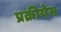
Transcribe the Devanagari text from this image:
प्रक्रीयेस